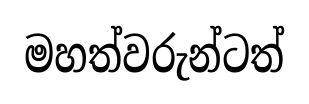
මහත්වරුන්ටත්